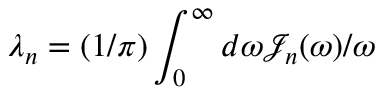
\lambda _ { n } = ( 1 / \pi ) \int _ { 0 } ^ { \infty } d \omega { \mathcal J } _ { n } ( \omega ) / \omega